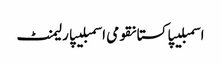
اسمبلیپاکستانقومی اسمبلیپارلیمنٹ